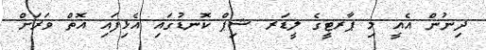
ދިނުން އެއީ މި ޕާރޓީގެ ލީޑަރ ޝިޕް ކޮނޑުގައި އެޅިފައި އޮތް ވަރަށް